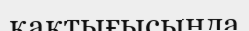
қақтығысында